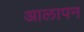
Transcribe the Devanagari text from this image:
आलापन